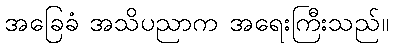
အခြေခံ အသိပညာက အရေးကြီးသည်။